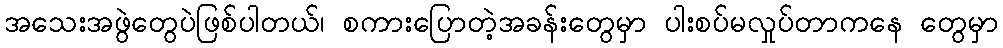
အသေးအဖွဲတွေပဲဖြစ်ပါတယ်၊ စကားပြောတဲ့အခန်းတွေမှာ ပါးစပ်မလှုပ်တာကနေ တွေမှာ